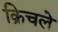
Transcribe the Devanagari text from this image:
क्रिचले